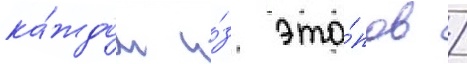
ка́ждом и́з эта́пов /